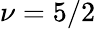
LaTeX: \nu=5/2